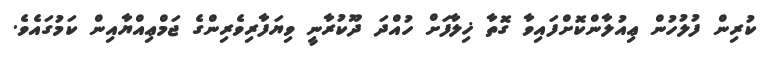
ކުރިން ފުލުހުން ޢިއުލާންކޮށްފައިވާ ގޮތާ ޚިލާފަށް ހުއްދަ ދޫކުރާނީ ވިޔަފާރިވެރިންގެ ޖަމްޢިއްޔާއިން ކަމުގައެވެ.